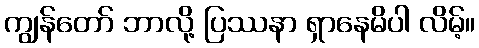
ကျွန်တော် ဘာလို့ ပြဿနာ ရှာနေမိပါ လိမ့်။